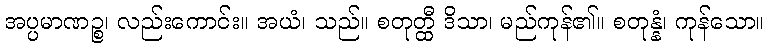
အပ္ပမာဏဉ္စ၊ လည်းကောင်း။ အယံ၊ သည်။ စတုတ္ထီ ဒိသာ၊ မည်ကုန်၏။ စတုန္နံ၊ ကုန်သော။